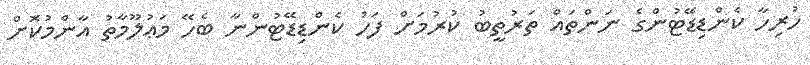
ހުރިހާ ކެންޑިޑޭޓުންގެ ނަންތައް ތަރުތީބު ކުރުމަށް ފަހު ކެންޑިޑޭޓުންނާ ބެހޭ މަޢުލޫމާތު އާންމުކޮށް